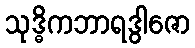
သုဒ္ဓိကဘာရဒွါဇော